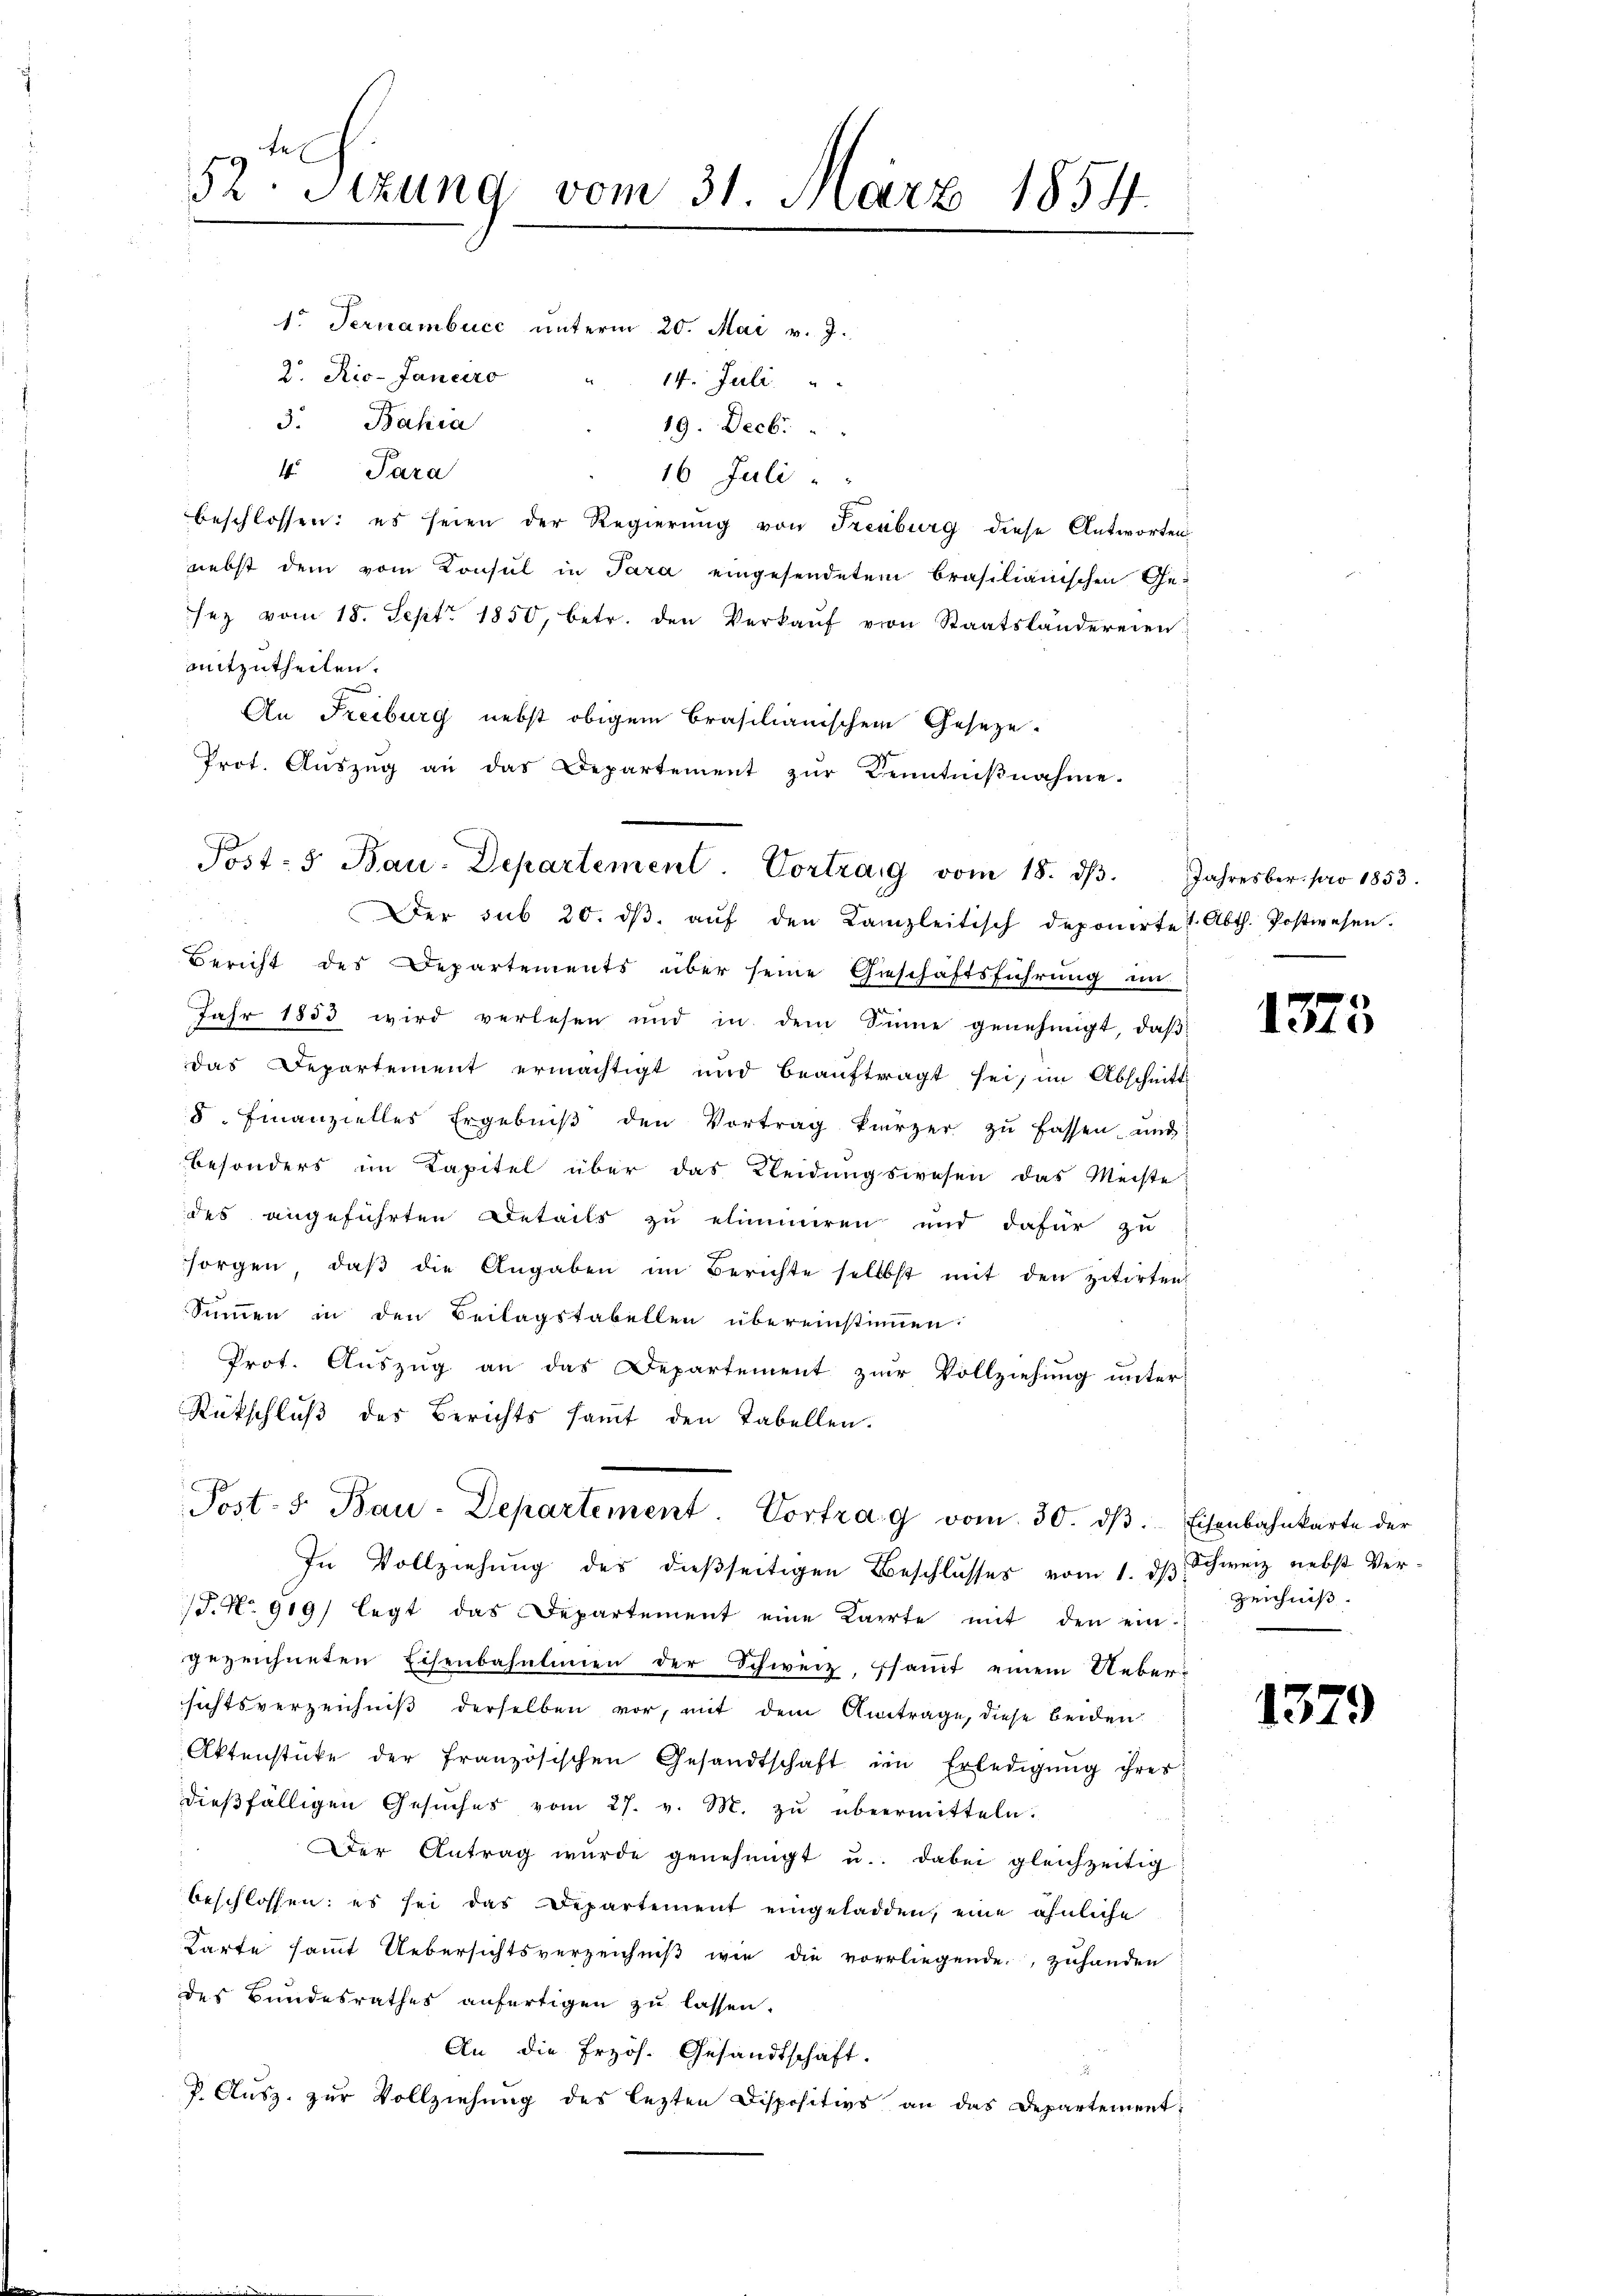
52te Sizung vom 31. März 1854.

1. Fernambucc unterm 20. Mai v. J.
2. Rio-Janeiro
14. Juli
3. Bahia
19. Decbr.
4. Para
16 Juli
beschlossen: es seien der Regierung von Freiburg diese Antworten
nebst dem vom Konsul in Sara eingesendetem brasilianischen Ge-
sez vom 18. Sept. 1850, betr. den Verkaŭf von Staatsländereien
mitzutheilen.
u
An Freiburg nebst obigem Brasilianischem Geseze.
Trot. Aŭszŭg an das Departement zŭr Kenntniβnahme.
Der sub 20. dβ aŭf den Kanzleitisch deponirte 1. Abth. Postwesen.
Bericht des Departements über seine Geschäftsführung in
Jahr 1853 wird verlesen und in dem Sinne genehmigt, daβ
das Departement ermächtigt und beaŭftragt sei, im Abschnitt
5. Finanzielles Ergebniβ den Vortrag kürzer zŭ fassen und
besonders im Kapitel über das Kleidŭngswesen das Meiste
des angeführten Details zu eliminiren und dafür zu
sorgen, daβ die Angaben im Berichte selbst mit den zitirten
Summen in den Beilagstabellen übereinstimen
Prot. Auszug an das Departement zur Vollziehung unter-
Rückschluß des Berichts samt den Tabellen.
Post- 5. Bau-Departement. Vortrag vom 30. dβ. Eisenbahnkarte der
In Vollziehung des dießseitigen Beschlusses vom 1. dβ Schweiz nebst Ver¬
/. No. 919/ legt das Departement eine Karrte mit den ein-
gezeichneten Eisenbahnlinien der Schweiz, samt einem Ueber-
sichtsverzeichniß derselben vor, mit dem Antrage, diese beiden
Aktenstücke der französischen Gesandtschaft im Erledigung ihres
dießfälligen Gesŭches vom 27. v. M. zŭ übermitteln.
Der Antrag wurde genehmigt u. dabei gleichzeitig
beschlossen; es sei das Departement eingeladen, eine ähnliche
Karte sammt Uebersichtsverzeichniβ wie die vorliegende, zuhanden
des Bundesrathes anfertigen zu lassen.
An die Erzös. Gesandtschaft.
P. Ausz. zur Vollziehung des lezten Dispositivs an das Departement-

Post- 5. Bau-Departement. Vortrag vom 18. dβ. Jahresber. pro 1853.

1375

Zeichnis.

1379